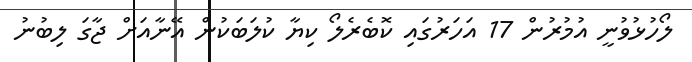
ލޯހުޅުވުނީ އުމުރުން 17 އަހަރުގައި ކޮބެރެލޯ ކިޔާ ކުލަބަކުން އޭނާއަށް ޖާގަ ލިބުނު